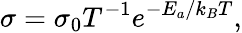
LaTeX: \sigma={\sigma_{0}}{T^{-1}}e^{-E_{a}/k_{B}T},